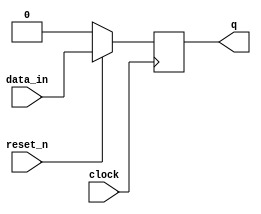
module dff_0(clock,reset_n,data_in,q);
		input clock,reset_n,data_in;
		output reg q;
		always@(posedge clock)
		   begin
			if(reset_n == 0) 
				  q <= 1'b0; 
			else
				  q<= data_in;
			end
endmodule

module dff_1(clock,reset_n,data_in,q);
		input clock,reset_n,data_in;
		output reg q;
		always@(posedge clock)
		   begin
			if(reset_n == 0) 
				  q <= 1'b1; 
			else
				  q<= data_in;
			end
endmodule



module random(clock,reset_n,q);
		input clock,reset_n;
		output [3:0] q;
		
		dff_0 m1(clock,reset_n,q[2] ^ q[3],q[0]);
		dff_1 m2(clock,reset_n,q[0],q[1]);
		dff_1 m3(clock,reset_n,q[1],q[2]);
		dff_1 m4(clock,reset_n,q[2],q[3]);
endmodule

module datapath1(x,y,colour,ld_c,clock,reset_n,enable,X,Y,Colour);
	input reset_n,enable,clock,ld_c;
	input [7:0] x,y;
	input [2:0] colour;
	output[7:0] X;
	output [7:0] Y;
	output [2:0] Colour;
	reg [7:0] x1,y1,co1;
	
	wire [3:0] c1;
	wire [6:0] c2;
	
	always @ (posedge clock) begin
        if (!reset_n) begin
            x1 <= 7'b0; 
            y1 <= 7'b0;
				co1 <= 3'b0;
        end
        else begin
                x1 <= x ;
                y1 <= y;
					 if(ld_c == 1)
					 co1 <= colour;
        end
    end
	x_1_counter m1(clock,reset_n,enable,c1);
	assign enable_1 = (c1==  4'd10) ? 1 : 0;
	y_1_counter m3(4'd12,clock,reset_n,enable_1,c2);
	assign X = x1 + c1;
	assign Y = y1 + c2;
	assign Colour = co1;
endmodule


module x_1_counter(clock,reset_n,enable,q);
	input clock,reset_n,enable;
	output reg [3:0] q;
	
	always @(posedge clock)
	begin
		if(reset_n == 1'b0)
			q <= 4'd0;
		else if(enable == 1'b1)
		begin
		  if(q == 4'd10)
			  q <= 4'd0;
		  else
			  q <= q + 1'b1;
		end
   end
endmodule

module y_1_counter(random,clock,reset_n,enable,q);
	input clock,reset_n,enable;
	input [3:0] random;
	output reg [6:0] q;
	
	reg [6:0] limit;  
	
	always @(*)
	begin
		if( random < 4'd6 )
			limit = 7'd30;
		else if ( random < 4'd11 )
			limit = 7'd60;
		else if ( random < 4'd15 )
			limit = 7'd90;
	end
	
	always @(posedge clock)
	begin
		if(reset_n == 1'b0)
			q <= 7'd0;
		else if(enable == 1'b1)
		begin
		  if(q == limit)
			  q <= 7'd0;
		  else
			  q <= q + 1'b1;
		end
   end
endmodule